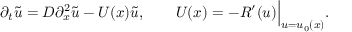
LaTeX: \partial _ { t } { \tilde { u } } = D \partial _ { x } ^ { 2 } { \tilde { u } } - U ( x ) { \tilde { u } } , \qquad U ( x ) = - R ^ { \prime } ( u ) { \Big | } _ { u = u _ { 0 } ( x ) } .